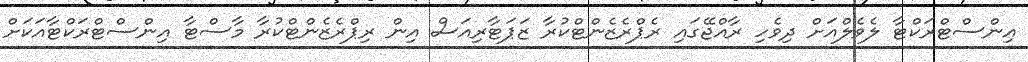
އިންސްޓްރަކްޓާ ލެވެލްއަށް ދިވެހި ރާއްޖޭގައި ރެޕްރެޒެންޓްކުރާ ޒަޕަޓާރިއަސް އިން ރިޕްރެޒެންޓްކުރާ މާސްޓާ އިންސްޓްރަކްޓާއަކަށް